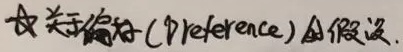
关于偏好(Preference)的假设.